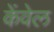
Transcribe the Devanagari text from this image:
केंवेल